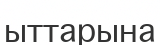
ыттарына